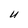
Character: U